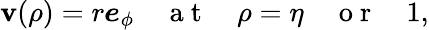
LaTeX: \boldsymbol{\mathbf{v}}(\rho)=r\boldsymbol{e}_{\phi}\quad\mathrm{{~a~t~}}\quad\rho=\eta\quad\mathrm{{~o~r~}}\quad1,